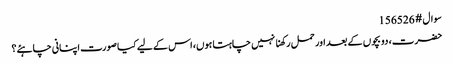
سوال # 156526
حضرت، دو بچوں کے بعد اور حمل رکھنا نہیں چاہتا ہوں، اس کے لیے کیا صورت اپنانی چاہئے؟